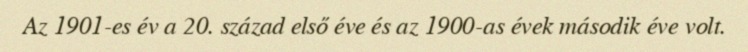
Az 1901-es év a 20. század első éve és az 1900-as évek második éve volt.